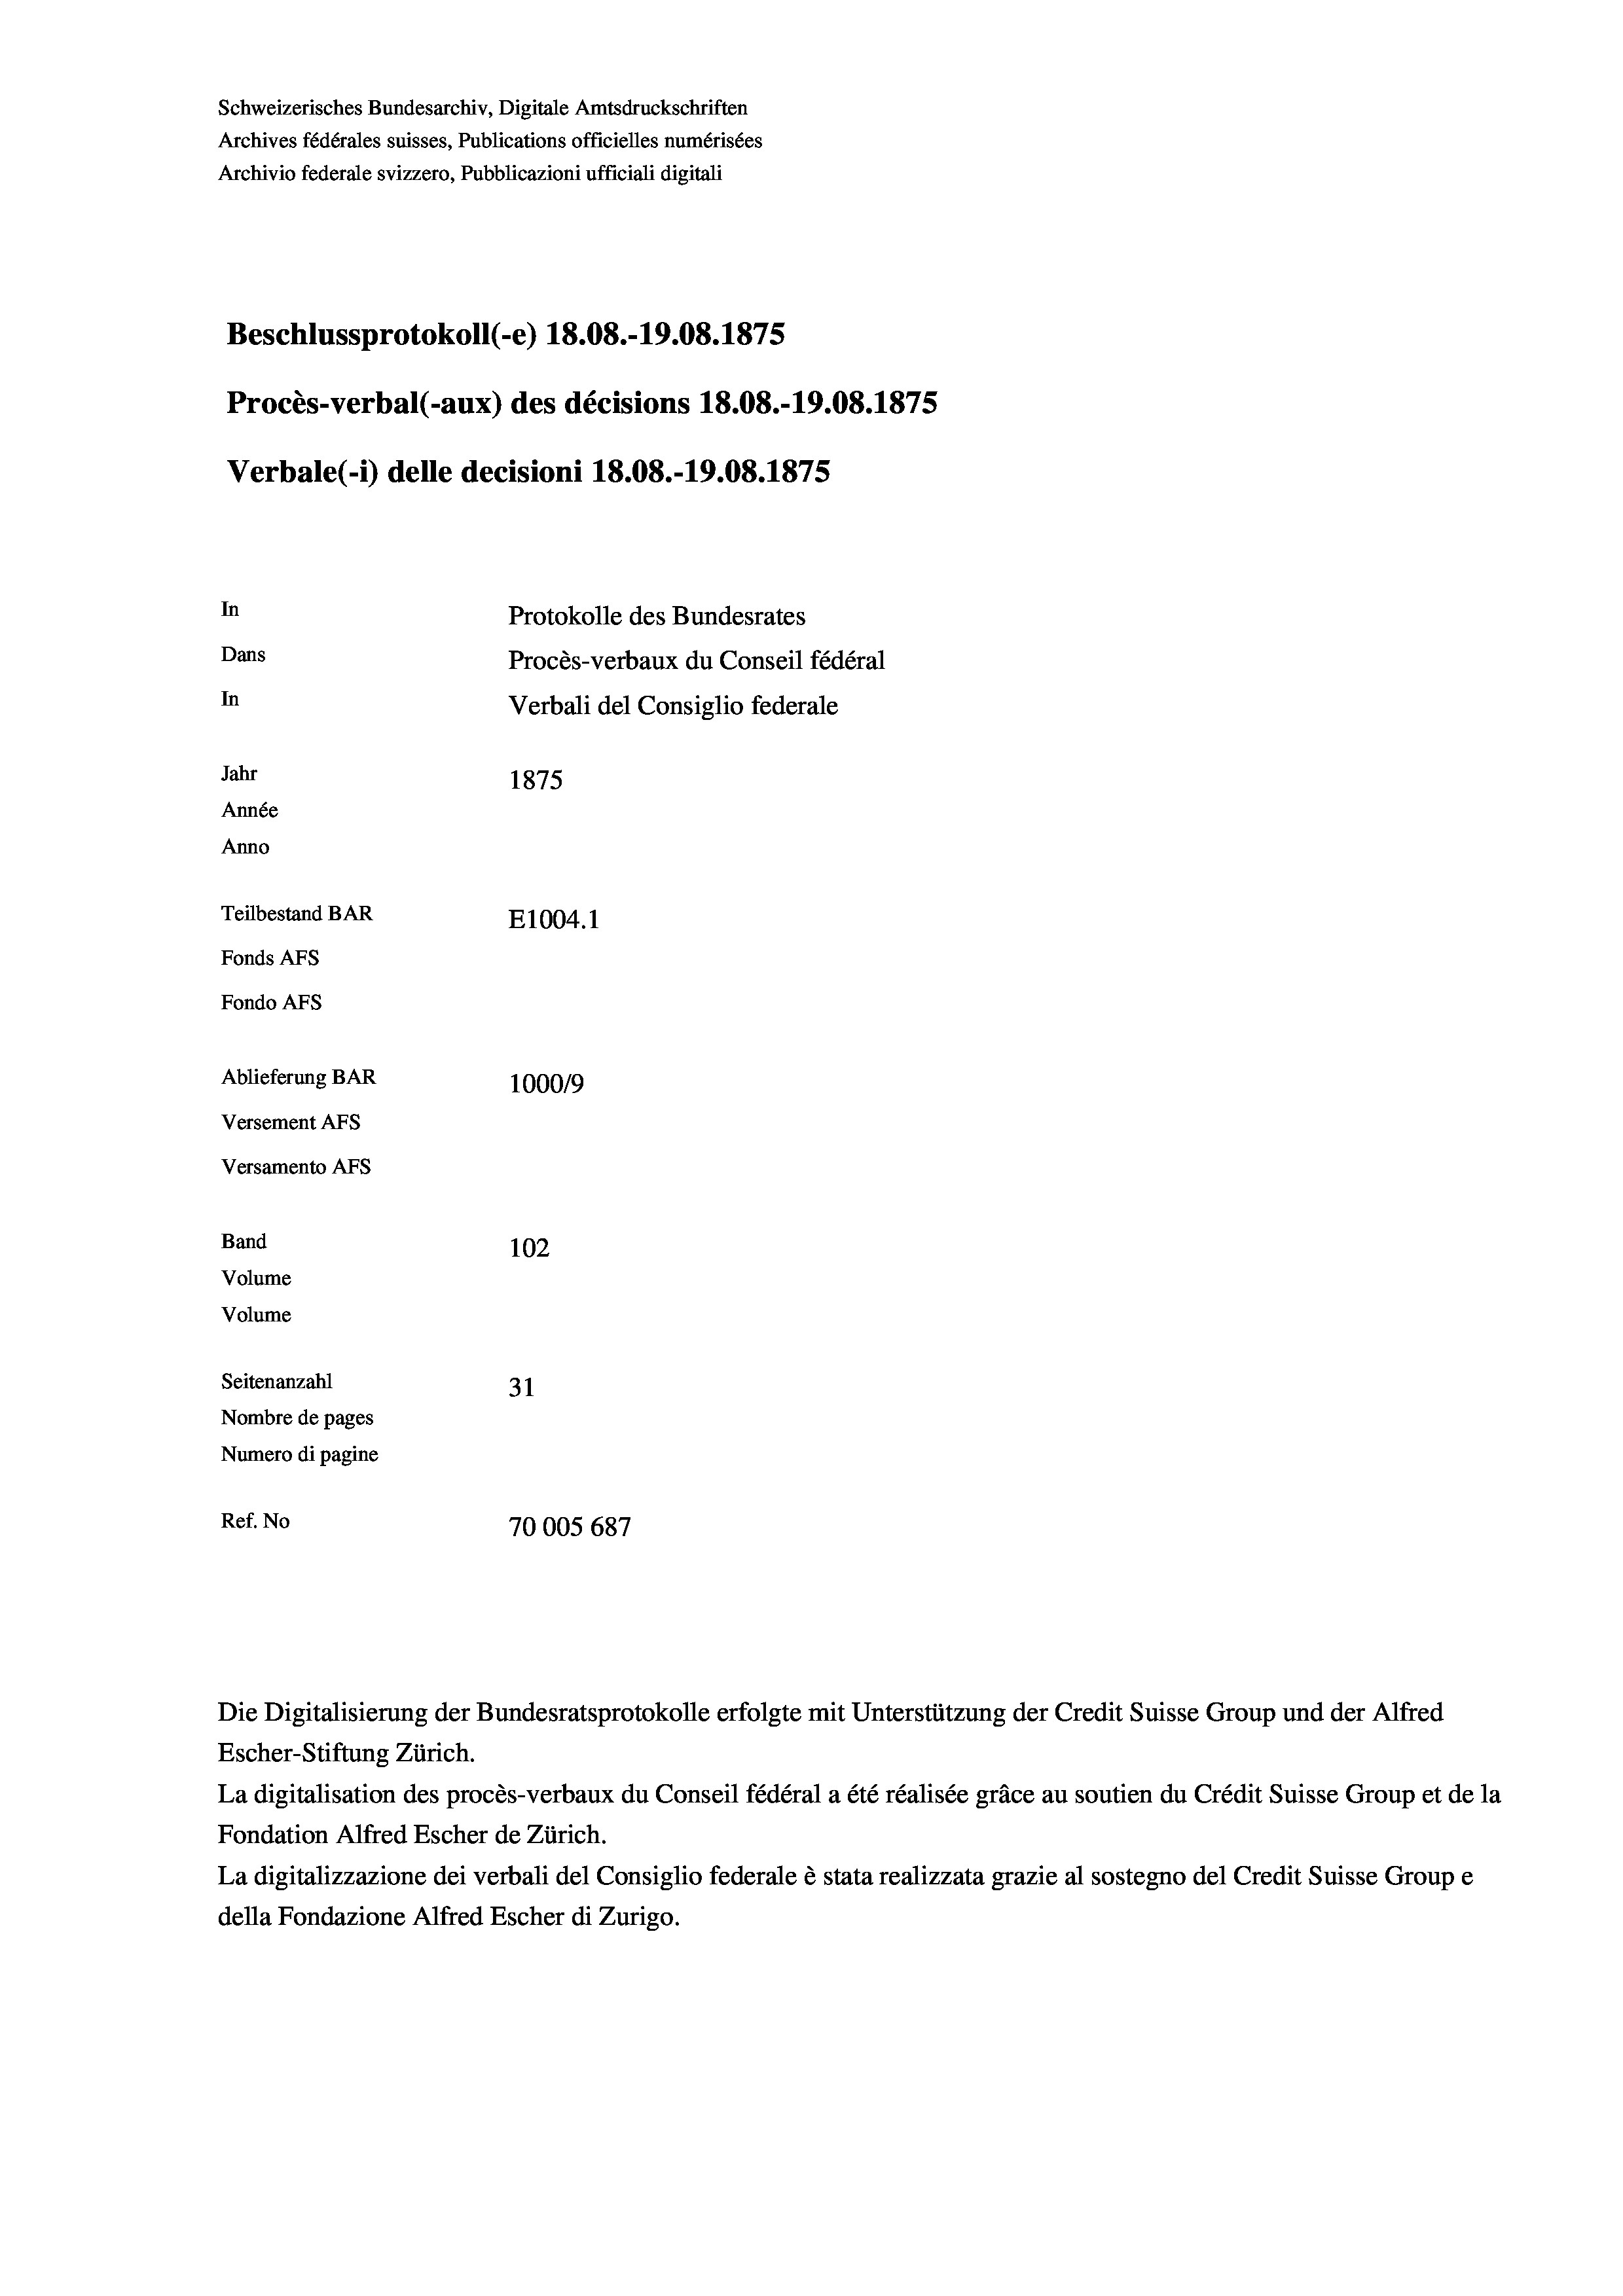
Schweizerisches Bundesarchiv, Digitale Amtsdruckschriften
Archives fédérales suisses, Publications officielles numérisées
Beschlussprotokoll (-e) 18.08.-19.08. 1875
Procès-verbal (-aux) des décisions 18.08.-19.08. 1875
Verbale(-*) delle decisioni 18.08.-19.08. 1875
In
Protokolle des Bundesrates
Dans
Procès-verbaux du Conseil fédéral
In
Verbali del Consiglio federale
Jahr
1875
Année
Anno
Teilbestand BAR
E1004.1
Fonds AFs
Fondo Afs
Ablieferung BAR
100019
Versement AFs

Versamento AFS
Band
Volume
Volume
Seitenanzahl

Archivio federale svizzero, Pubblicazioni ufficiali digitali

102
31
Nombre de pages
Numero di pagine
Ref. No
70005 687

Escher-Stiftung Zürich.
La digitalisation des procès-verbaux du Conseil fédéral a été réalisée gräce au soutien du Crédit Suisse Group et de la
Fondation Alfred Escher de Zürich.
La digitalizzazione dei verbali del Consiglio federale è stata realizzata grazie al sostegno del Credit Suisse Groupe
della Fondazione Alfred Escher di Zurigo.

Die Digitalisierung der Bundesratsprotokolle erfolgte mit Unterstützung der Credit Suisse Group und der Alfred